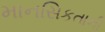
માનસિકતાની